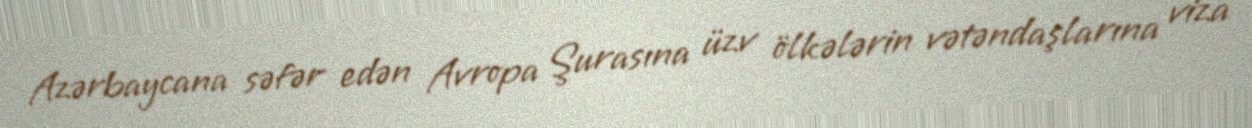
Azərbaycana səfər edən Avropa Şurasına üzv ölkələrin vətəndaşlarına viza